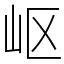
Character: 岖